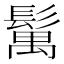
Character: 𩮐